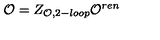
{ \cal O } = Z _ { { \cal O } , 2 - l o o p } { \cal O } ^ { r e n }